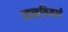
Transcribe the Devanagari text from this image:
आत्मविमर्श